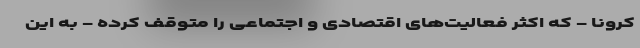
کرونا - که اکثر فعالیت‌های اقتصادی و اجتماعی را متوقف کرده - به این